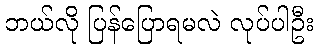
ဘယ်လို ပြန်ပြောရမလဲ လုပ်ပါဦး